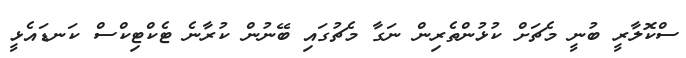
ސްކޮލާރީ ބުނީ މެޗަށް ކުޅުންތެރިން ނަގާ މެޗުގައި ބޭނުން ކުރާނެ ޓެކްޓިކްސް ކަނޑައެޅީ